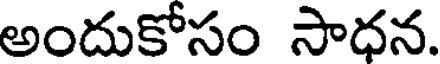
అందుకోసం సాధన.